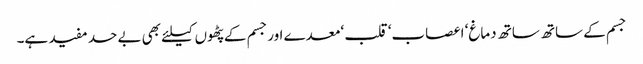
جسم کے ساتھ ساتھ دماغ‘ اعصاب‘ قلب ‘معدے اورجسم کے پٹھوں کیلئے بھی بے حد مفید ہے۔